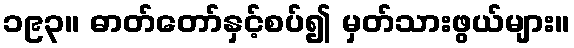
၁၉၃။ ဓာတ်တော်နှင့်စပ်၍ မှတ်သားဖွယ်များ။